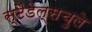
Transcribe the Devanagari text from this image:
स्टैडेल्सचुले